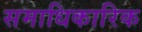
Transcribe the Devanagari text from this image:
समाधिकारिक